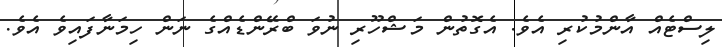
ލިސްޓެއް އާންމުކުރި އެވެ. އެގޮތުން މަޝްހޫރި ނުވަ ބްރޭންޑެއްގެ ނަން ހިމަނާފައިވެ އެވެ.